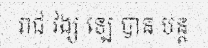
រាជ វង្ស ឡេ បាន បន្ត